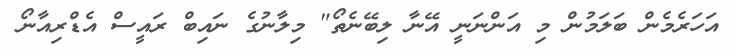
އަހަރެމެން ބަލަމުން މި އަންނަނީ އޭނާ ލިބޭނެތޯ" މިލާނުގެ ނައިބް ރައީސް އެޑްރިއާނޯ